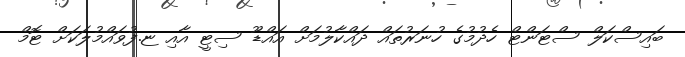
ބައިސްކަލް ސްޓަންޓް ހެދުމުގެ ހުނަރުތައް ދައްކާލުމަށް އައްޑޫ ސިޓީ އާއި ޏ.ފުވައްމުލަކަށް ޓޮމް